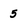
Character: 5